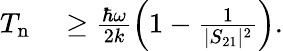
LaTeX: \begin{array}{rl}{T_{\mathrm{n}}}&{{}\ge\frac{\hbar\omega}{2k}\left(1-\frac{1}{|S_{21}|^{2}}\right).}\end{array}